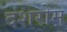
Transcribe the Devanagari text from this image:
दंशरोम